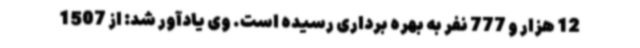
12 هزار و 777 نفر به بهره برداری رسیده است. وی یادآور شد: از 1507